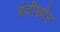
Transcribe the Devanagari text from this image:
बंदीछोर